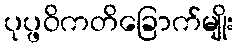
ပုပ္ဖဝိကတိခြောက်မျိုး